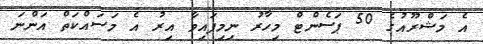
އެ މަޝްރޫއުގެ 50 ޕަސެންޓް މިހާރު ނިމިފައިވާ އިރު އެ މަސައްކަތް އަންނަ